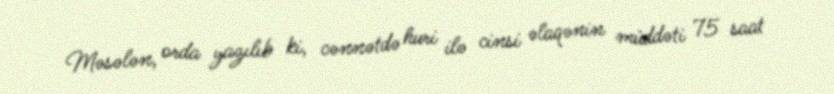
Məsələn, orda yazılıb ki, cənnətdə huri ilə cinsi əlaqənin müddəti 75 saat